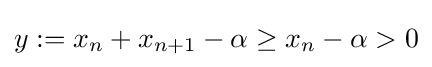
y:=x_{n}+x_{n+1}-\alpha \geq x_{n}-\alpha >0